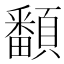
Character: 𩕏